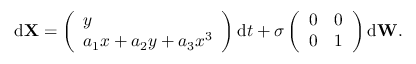
\mathrm d \mathbf X = \left( \begin{array} { l } { y } \\ { a _ { 1 } x + a _ { 2 } y + a _ { 3 } x ^ { 3 } } \end{array} \right) \mathrm d t + \sigma \left( \begin{array} { l l } { 0 } & { 0 } \\ { 0 } & { 1 } \end{array} \right) \mathrm d \mathbf W .